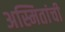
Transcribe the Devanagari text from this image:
अस्मितांची